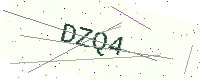
Text: DZQ4